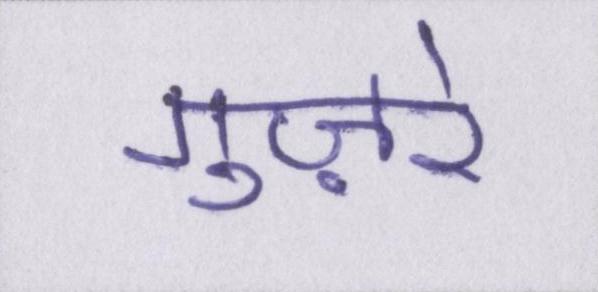
गुज़रे